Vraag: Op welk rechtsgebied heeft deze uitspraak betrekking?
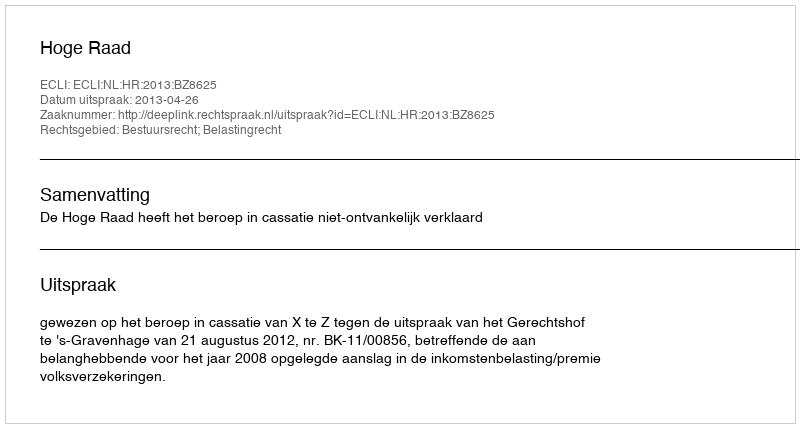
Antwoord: Bestuursrecht; Belastingrecht